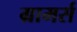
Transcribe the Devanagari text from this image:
ग्रामर्स